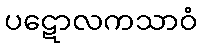
ပဋောလကသာဝံ